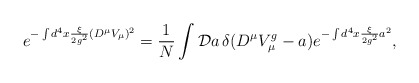
\begin{align*}e^{-\int d^{4} x \frac{\xi}{2g^{2}} (D^{\mu} V_{\mu})^{2}} = \frac{1}{N} \int {\cal D}a \, \delta(D^{\mu} V^{g}_{\mu} - a) e^{-\int d^{4} x \frac{\xi}{2g^{2}} a^{2}},\end{align*}